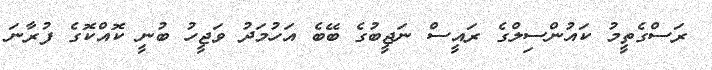
ރަސްގެތީމު ކައުންސިލްގެ ރައީސް ނަޖީބުގެ ބޭބެ އަހުމަދު ވަޖީހު ބުނީ ކޮއްކޮގެ ފުރާނަ